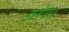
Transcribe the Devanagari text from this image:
डसेगा।